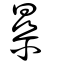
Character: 曑